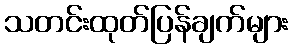
သတင်းထုတ်ပြန်ချက်များ